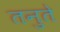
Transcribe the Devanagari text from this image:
तनुते